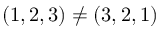
( 1 , 2 , 3 ) \neq ( 3 , 2 , 1 )